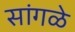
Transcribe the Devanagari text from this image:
सांगळे